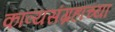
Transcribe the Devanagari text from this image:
काव्यसंग्रहांच्या